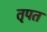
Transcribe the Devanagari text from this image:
तृपत